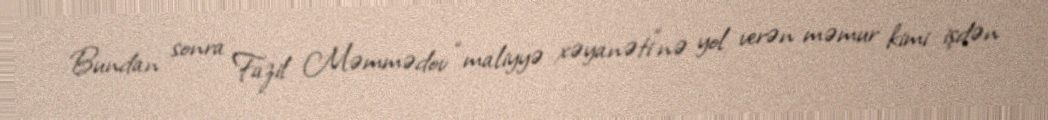
Bundan sonra Fazil Məmmədov “maliyyə xəyanəti”nə yol verən məmur kimi işdən